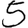
Digit: 5